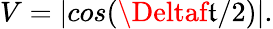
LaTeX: V=|cos(\Deltaf\mathfrak{t}/2)|.